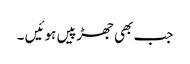
جب بھی جھڑپیں ہوئیں ۔